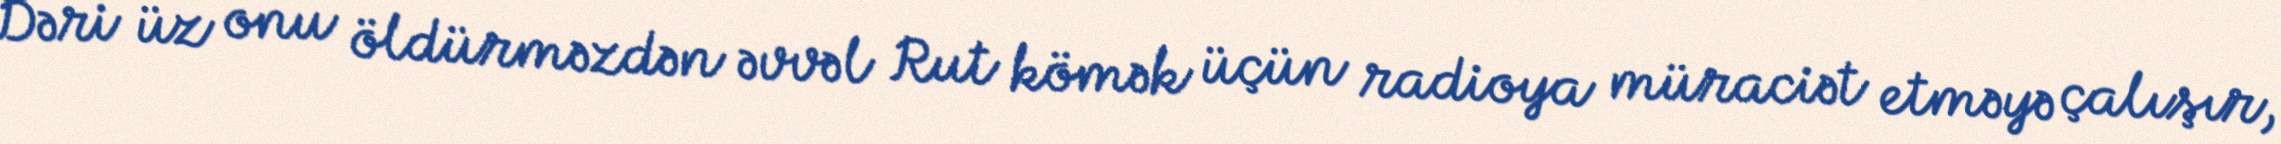
Dəri üz onu öldürməzdən əvvəl Rut kömək üçün radioya müraciət etməyə çalışır,